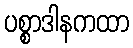
ပစ္စာဒါနကထာ